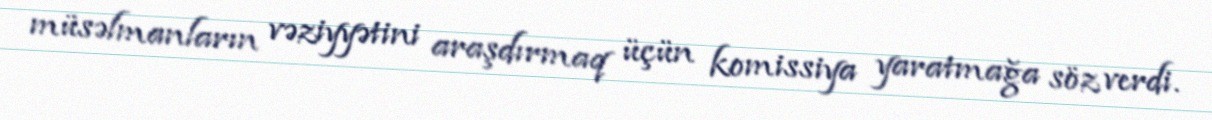
müsəlmanların vəziyyətini araşdırmaq üçün komissiya yaratmağa söz verdi.